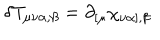
\delta T _ { \mu \nu \alpha , \beta } = \partial _ { [ \mu } \chi _ { \nu \alpha ] , \beta }